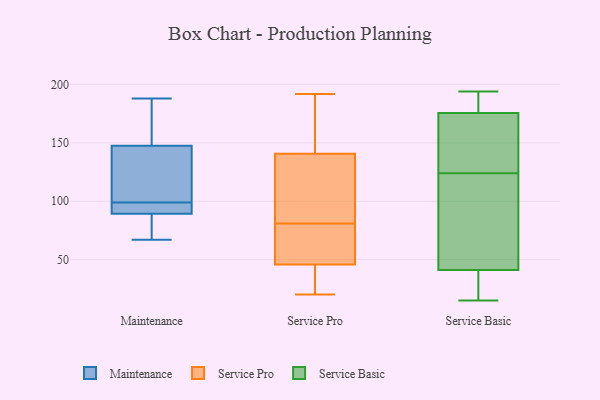
{"axis": {"x": "Shipments", "y": "Value"}, "legend": ["Maintenance", "Service Basic", "Service Pro"], "data": [{"x": "", "y": 146, "type": "Maintenance"}, {"x": "", "y": 67, "type": "Maintenance"}, {"x": "", "y": 88, "type": "Maintenance"}, {"x": "", "y": 92, "type": "Maintenance"}, {"x": "", "y": 182, "type": "Maintenance"}, {"x": "", "y": 157, "type": "Maintenance"}, {"x": "", "y": 90, "type": "Maintenance"}, {"x": "", "y": 188, "type": "Maintenance"}, {"x": "", "y": 77, "type": "Maintenance"}, {"x": "", "y": 151, "type": "Maintenance"}, {"x": "", "y": 88, "type": "Maintenance"}, {"x": "", "y": 99, "type": "Maintenance"}, {"x": "", "y": 97, "type": "Maintenance"}, {"x": "", "y": 129, "type": "Maintenance"}, {"x": "", "y": 89, "type": "Maintenance"}, {"x": "", "y": 148, "type": "Maintenance"}, {"x": "", "y": 97, "type": "Maintenance"}, {"x": "", "y": 120, "type": "Maintenance"}, {"x": "", "y": 122, "type": "Maintenance"}, {"x": "", "y": 57, "type": "Service Pro"}, {"x": "", "y": 101, "type": "Service Pro"}, {"x": "", "y": 43, "type": "Service Pro"}, {"x": "", "y": 62, "type": "Service Pro"}, {"x": "", "y": 152, "type": "Service Pro"}, {"x": "", "y": 164, "type": "Service Pro"}, {"x": "", "y": 46, "type": "Service Pro"}, {"x": "", "y": 45, "type": "Service Pro"}, {"x": "", "y": 192, "type": "Service Pro"}, {"x": "", "y": 137, "type": "Service Pro"}, {"x": "", "y": 20, "type": "Service Pro"}, {"x": "", "y": 81, "type": "Service Pro"}, {"x": "", "y": 94, "type": "Service Pro"}, {"x": "", "y": 102, "type": "Service Basic"}, {"x": "", "y": 78, "type": "Service Basic"}, {"x": "", "y": 169, "type": "Service Basic"}, {"x": "", "y": 132, "type": "Service Basic"}, {"x": "", "y": 41, "type": "Service Basic"}, {"x": "", "y": 181, "type": "Service Basic"}, {"x": "", "y": 175, "type": "Service Basic"}, {"x": "", "y": 39, "type": "Service Basic"}, {"x": "", "y": 16, "type": "Service Basic"}, {"x": "", "y": 15, "type": "Service Basic"}, {"x": "", "y": 124, "type": "Service Basic"}, {"x": "", "y": 160, "type": "Service Basic"}, {"x": "", "y": 41, "type": "Service Basic"}, {"x": "", "y": 181, "type": "Service Basic"}, {"x": "", "y": 183, "type": "Service Basic"}, {"x": "", "y": 26, "type": "Service Basic"}, {"x": "", "y": 176, "type": "Service Basic"}, {"x": "", "y": 194, "type": "Service Basic"}, {"x": "", "y": 80, "type": "Service Basic"}]}